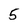
Character: 5